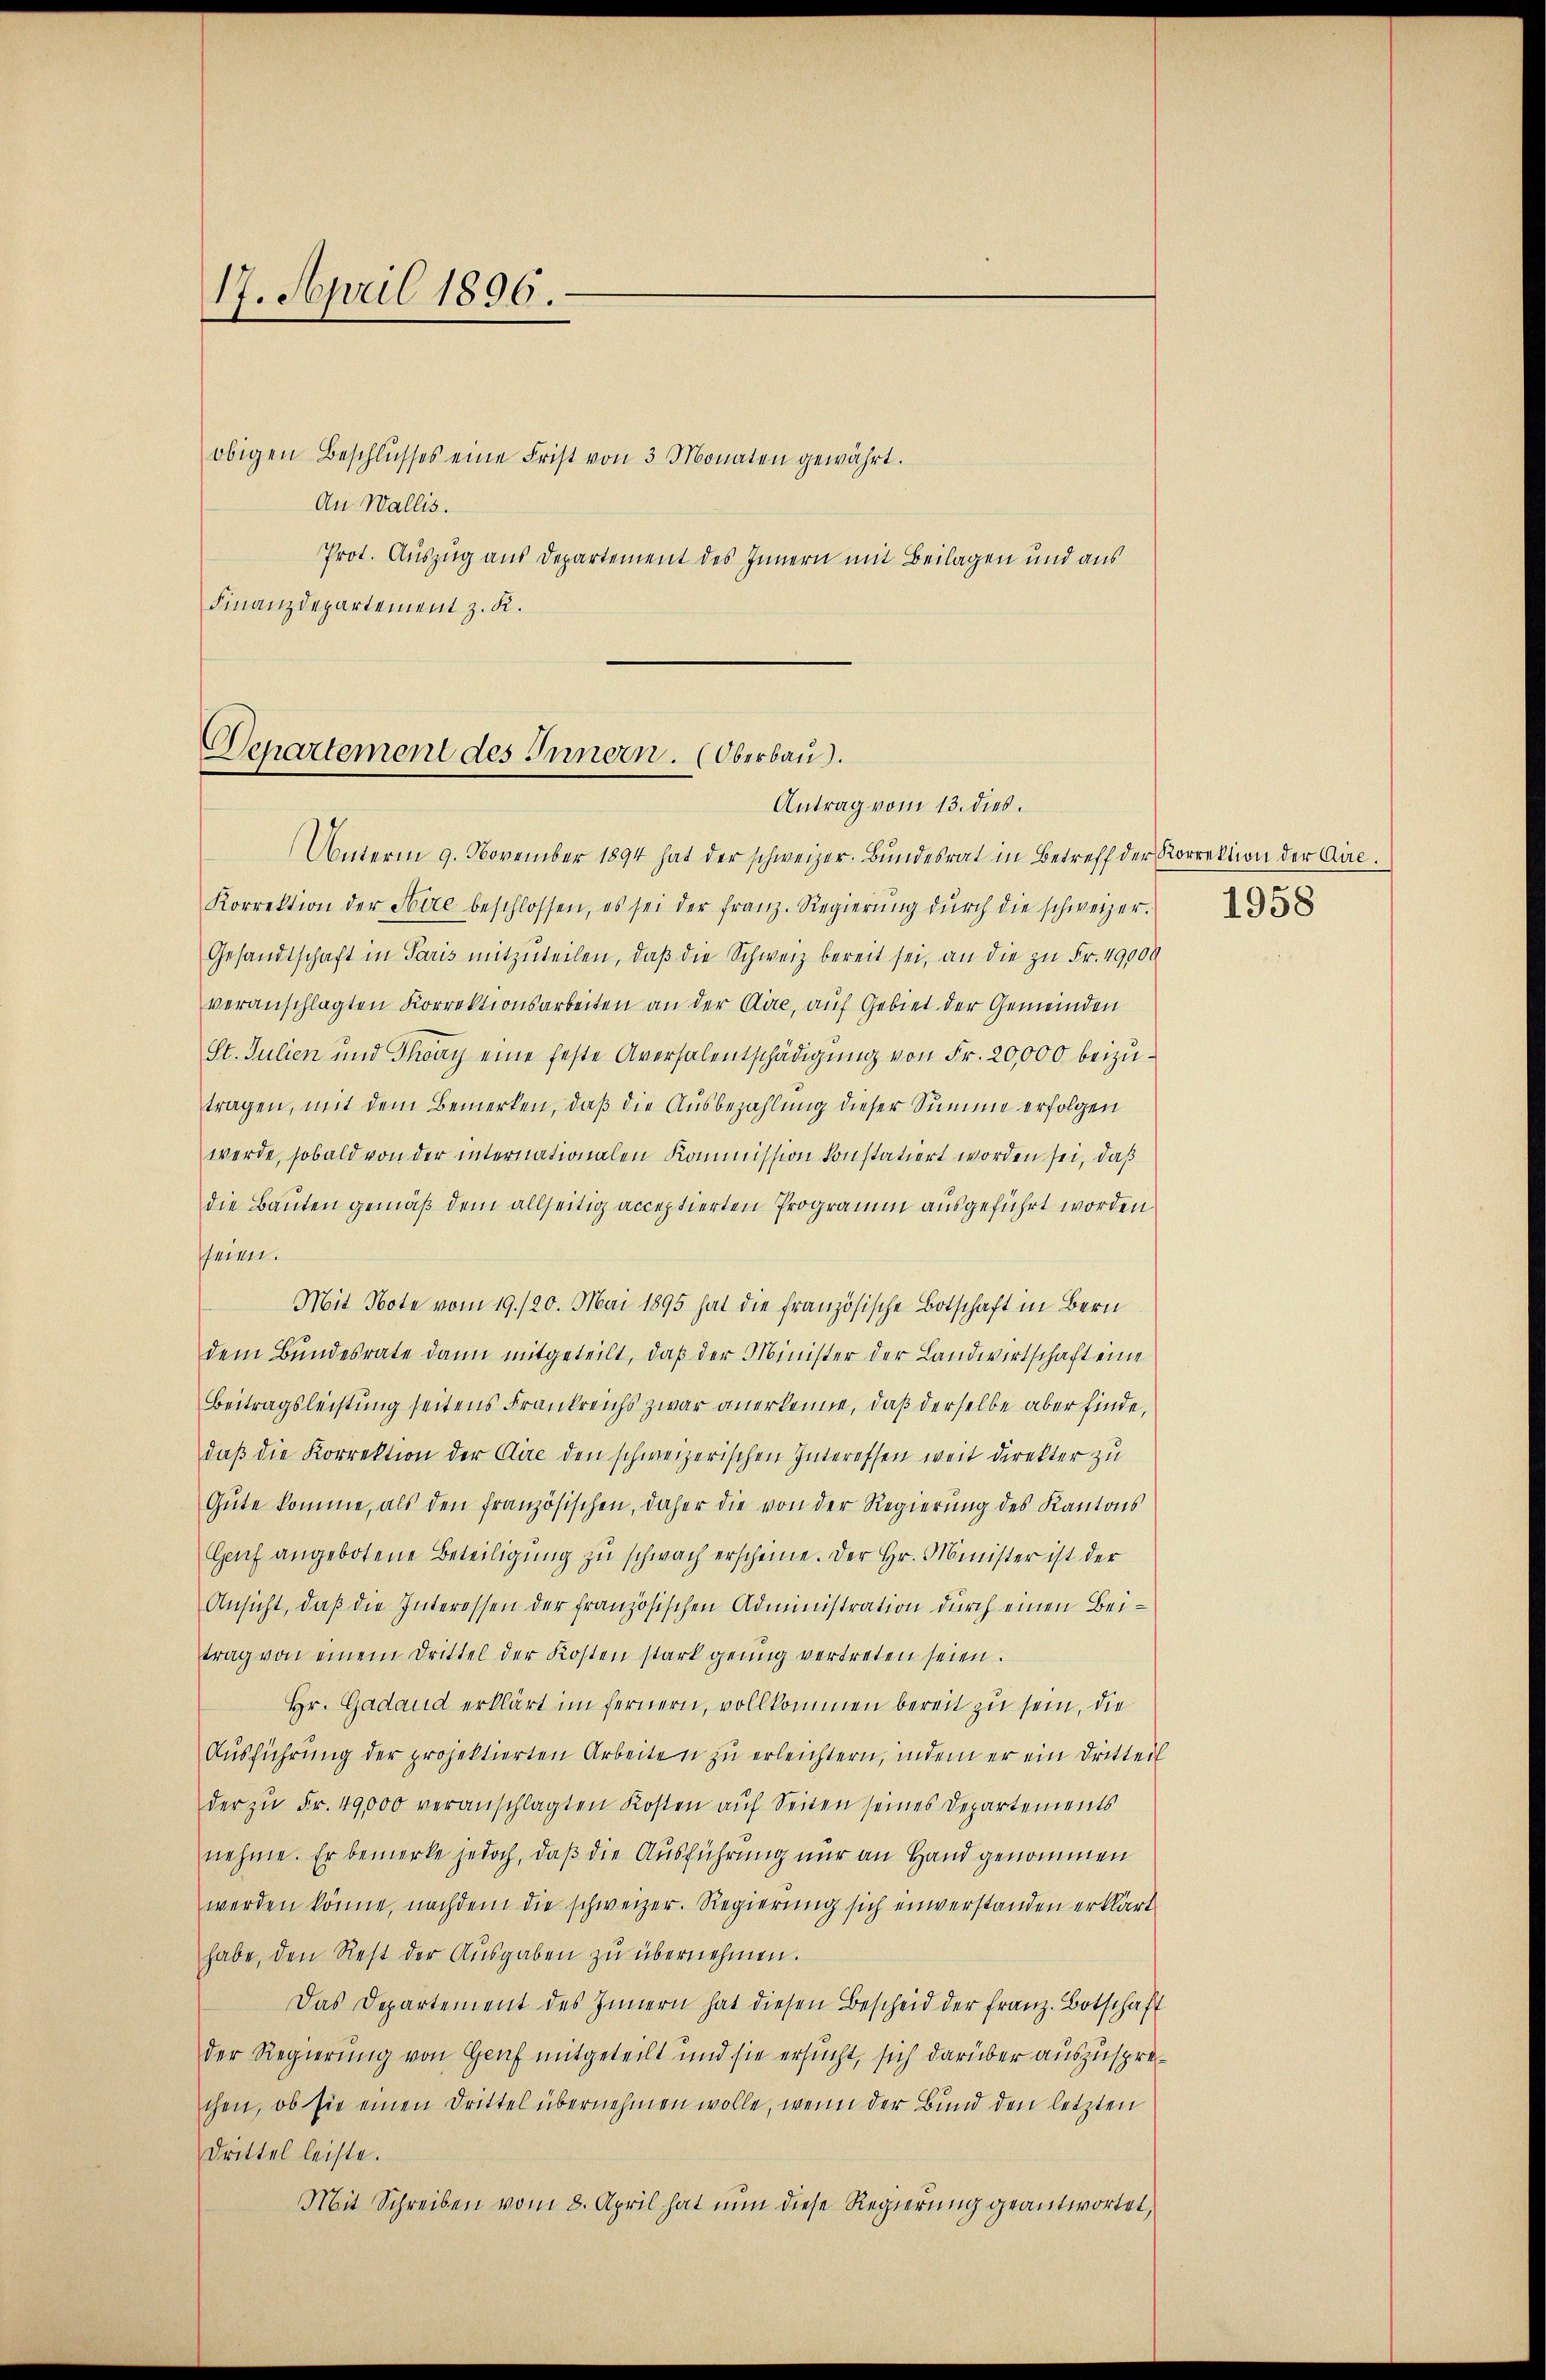
17. April 1896.

obigen Beschlŭsses eine Frist von 3 Monaten gewährt.
An Wallis.
Prot. Auszug aus Departement des Innern mit Beilagen und aus
Finanzdepartement z. K.

Departement des Innern. (Oberbau).
Antrag vom 13. dies.

Unterm 9. November 1894 hat der schweizer. Bŭndesrat in Betreff der Korrektion der Dire
Korrektion der Hire beschlossen, es sei der franz. Regierŭng dŭrch die schweizer.
Gesandtschaft in Paris mitzŭteilen, daβ die Schweiz bereit sei, an die zu Fr. 49000
veranschlagten Korrektionsarbeiten an der Cire, auf Gebiet der Gemeinden
St. Julien und Thony eine feste Aversalentschädigung von Fr. 20,000 beizutragen, mit dem Bemerken, daß die Ausbezahlung dieser Summe erfolgen
werde, sobald von der internationalen Kommission konstatiert worden sei, daß
die Bauten gemäß dem allseitig acceptierten Programm ausgeführt worden
seien.
Mit Note vom 19./20. Mai 1895 hat die französische Botschaft in Bern
dem Bundesrate dann mitgeteilt, daβ der Minister der Landwirtschaft eine
Beitragsleistung seitens Frankreichs zwar anerkenne, daß derselbe aber finde,
daβ die Korrektion der Cire den schweizerischen Interessen weit direkter zu
Gŭte komme, als den französischen, daher die von der Regierŭng des Kantons
Genf angebotene Beteiligŭng zu schwach erscheine. Der Hr. Minister ist der
Ansicht, daβ die Interessen der französischen Administration dŭrch einen Bei-
trag von einem Drittel der Kosten stark genug vertreten seien.
Hr. Gadaud erklärt im fernern, vollkommen bereit zu sein, die
Aŭsführŭng der projektierten Arbeiten zŭ erleichtern, indem er ein Dritteil
der zŭ Fr. 49,000 veranschlagten Kosten aŭf Seiten seines Departements
nehme. Er bemerke jedoch, daß die Ausführung nur an Hand genommen
werden könne, nachdem die schweizer. Regierung sich einverstanden erklärt
habe, den Rest der Aŭsgaben zŭ übernehmen.
Das Departement des Innern hat diesen Bescheid der franz. Botschaft
der Regierung von Genf mitgeteilt und sie ersucht, sich darüber auszusprechen, ob sie einen Drittel übernehmen wolle, wenn der Bund den letzten
Drittel leiste.
Mit Schreiben vom 8. April hat nun diese Regierung geantwortet,